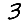
Digit: 3